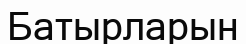
Батырларын